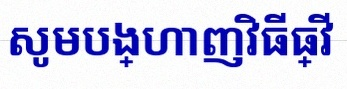
សូមបង្ហាញវិធីធ្វើ